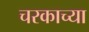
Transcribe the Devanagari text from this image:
चरकाच्या